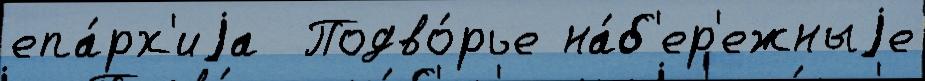
епа́рх'иjа  Подво́рье на́б'ер'ежныjе